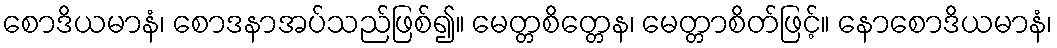
စောဒိယမာနံ၊ စောဒနာအပ်သည်ဖြစ်၍။ မေတ္တစိတ္တေန၊ မေတ္တာစိတ်ဖြင့်။ နောစောဒိယမာနံ၊